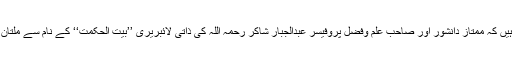
آپ اس بات کا اندازہ اس امر سے لگا سکتے ہیں کہ ممتاز دانشور اور صاحب علم وفضل پروفیسر عبدالجبار شاکر رحمہ اللہ کی ذاتی لائبریری ’’بیت الحکمت‘‘ کے نام سے ملتان روڈ بالمقابل منصور ہ لاہور میں موجود ہے۔